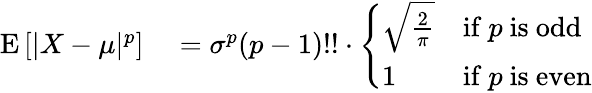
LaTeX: \begin{array}{rl}{\operatorname{E}\left[|X-\mu|^{p}\right]}&{{}=\sigma^{p}(p-1)!!\cdot{\left\{ \begin{array}{ll}{{\sqrt{\frac{2}{\pi}}}}&{{\mathrm{if~}}p{\mathrm{~is~odd}}}\\ {1}&{{\mathrm{if~}}p{\mathrm{~is~even}}}\end{array}\right.}}\end{array}